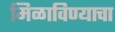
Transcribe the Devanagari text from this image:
मिळाविण्याचा